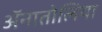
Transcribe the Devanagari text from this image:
ॲनातोलिया